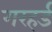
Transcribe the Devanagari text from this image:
गरहर्ड